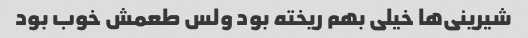
شیرینی‌ها خیلی بهم ریخته بود ولس طعمش خوب بود